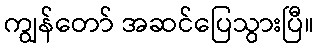
ကျွန်တော် အဆင်ပြေသွားပြီ။